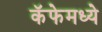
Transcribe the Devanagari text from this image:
कॅफेमध्ये